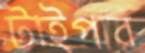
টাইপার